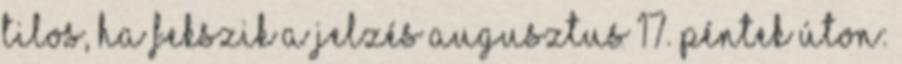
tilos, ha fekszik a jelzés augusztus 17. péntek ÚtON: